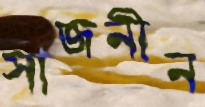
সাজনীন